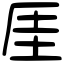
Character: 厓